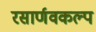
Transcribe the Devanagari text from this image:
रसार्णवकल्प